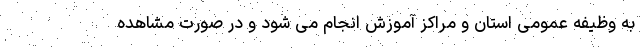
به وظیفه عمومی استان و مراکز آموزش انجام می شود و در صورت مشاهده